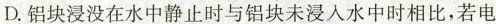
D.铝块浸没在水中静止时与铝块未浸入水中时相比，若电